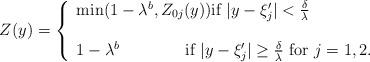
LaTeX: \begin{align*}Z(y)=\left\{\begin{array}{lr}\min(1-\lambda^b, Z_{0j}(y))\mbox{if}\,\, |y-\xi_j'|<\frac{\delta}{\lambda}\\\\1-\lambda^b\qquad\qquad\mbox{if}\,\, |y-\xi_j'|\geq \frac{\delta}{\lambda}\ \hbox{for}\ j=1,2.\end{array}\right.\end{align*}